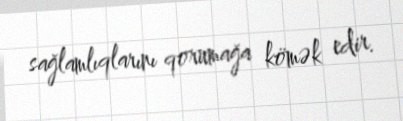
sağlamlıqlarını qorumağa kömək edir.